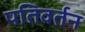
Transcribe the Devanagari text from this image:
पतिवर्तन